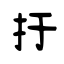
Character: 扜